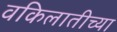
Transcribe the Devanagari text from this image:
वकिलातीच्या